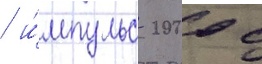
/ и́мпульс 2000 с